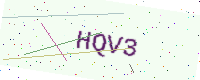
Text: HQV3